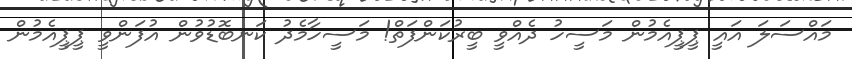
މައްސަލަ އައީ ޕީޕީއެމުން މަސީހު ދެއްވީ ބީރުކަންފަތް! މަސީހާމެދު ކަނބޮޑުވުން އުފަންވީ ޕީޕީއެމުން